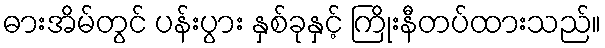
ဓားအိမ်တွင် ပန်းပွား နှစ်ခုနှင့် ကြိုးနီတပ်ထားသည်။